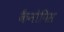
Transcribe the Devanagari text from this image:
कैनोपिस